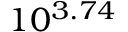
1 0 ^ { 3 . 7 4 }